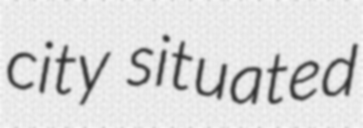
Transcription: city situated